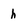
Character: h